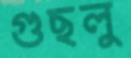
গুছলু